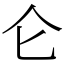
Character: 仑